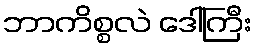
ဘာကိစ္စလဲ ဒေါ်ကြီး